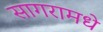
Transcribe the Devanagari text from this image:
सागरामधे